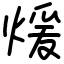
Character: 煖